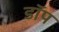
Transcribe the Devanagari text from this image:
डॉप